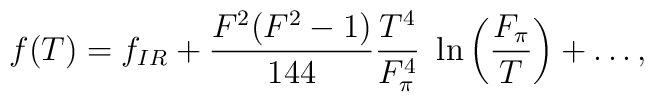
f(T) = f_{IR} +\frac{F^2(F^2-1)}{144}\frac{T^4}{F_{\pi}^4}~\ln\left(\frac{F_{\pi}}{T}\right)+\ldots,